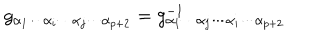
g _ { \alpha _ { 1 } \cdots \alpha _ { i } \cdots \alpha _ { j } \cdots \alpha _ { p + 2 } } = g _ { \alpha _ { 1 } \cdots \alpha _ { j } \cdots \alpha _ { i } \cdots \alpha _ { p + 2 } } ^ { - 1 }